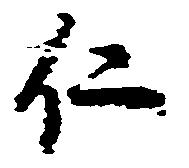
仁